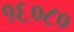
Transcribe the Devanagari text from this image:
१६०८०